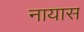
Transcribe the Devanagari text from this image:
नायास